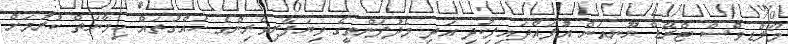
މޯލްޑިވްސް ޓްރޭޑް ޔޫނިއަން އުފައްދައިފިކުދި އަދި މެދުފަންތީގެ ވިޔަފާރިވެރިންގެ ހައްގުތައް ހިމާޔަތް ކުރުމަށް